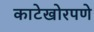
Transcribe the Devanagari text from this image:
काटेखोरपणे